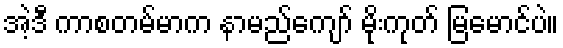
အဲ့ဒီ ကာစတမ်မာက နာမည်ကျော် မိုးကုတ် မြမောင်ပဲ။